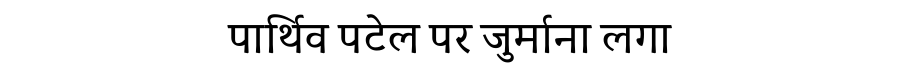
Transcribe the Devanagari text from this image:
पार्थिव पटेल पर जुर्माना लगा